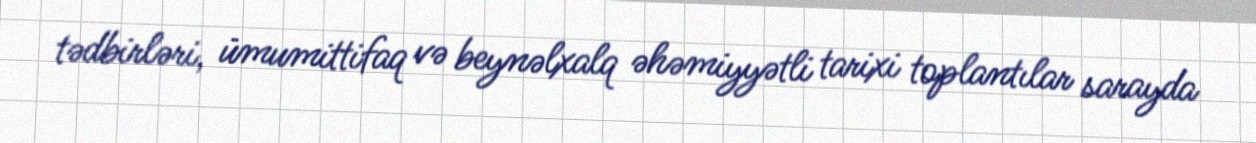
tədbirləri, ümumittifaq və beynəlxalq əhəmiyyətli tarixi toplantılar sarayda